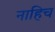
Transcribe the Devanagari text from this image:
नाहिच